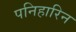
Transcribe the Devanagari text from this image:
पनिहारिन